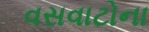
વસવાટોના